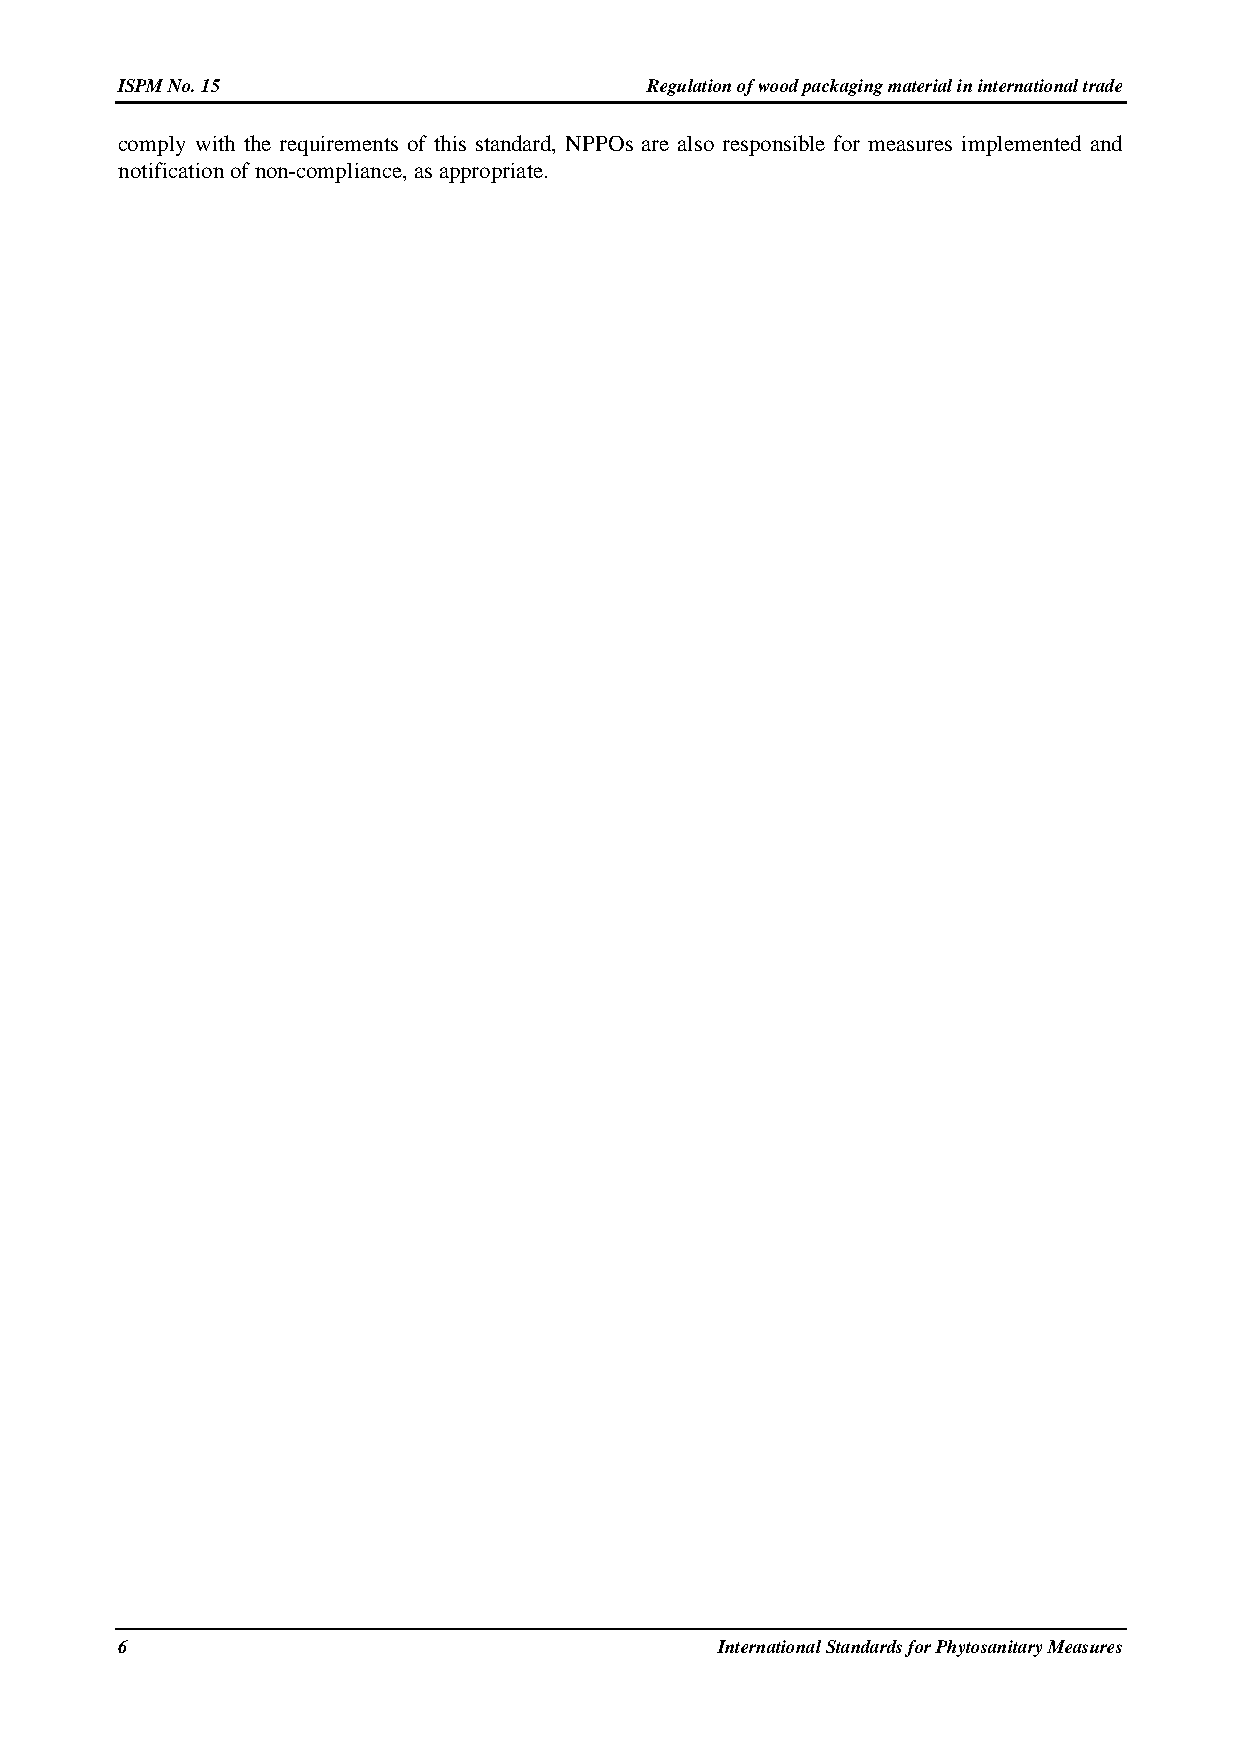
ISPM No. 15                        Regulation of wood packaging material in international trade
 comply with the requirements of this standard, NPPOs are also responsible for measures implemented and
 notification of non-compliance, as appropriate.
 6                                      International Standards for Phytosanitary Measures